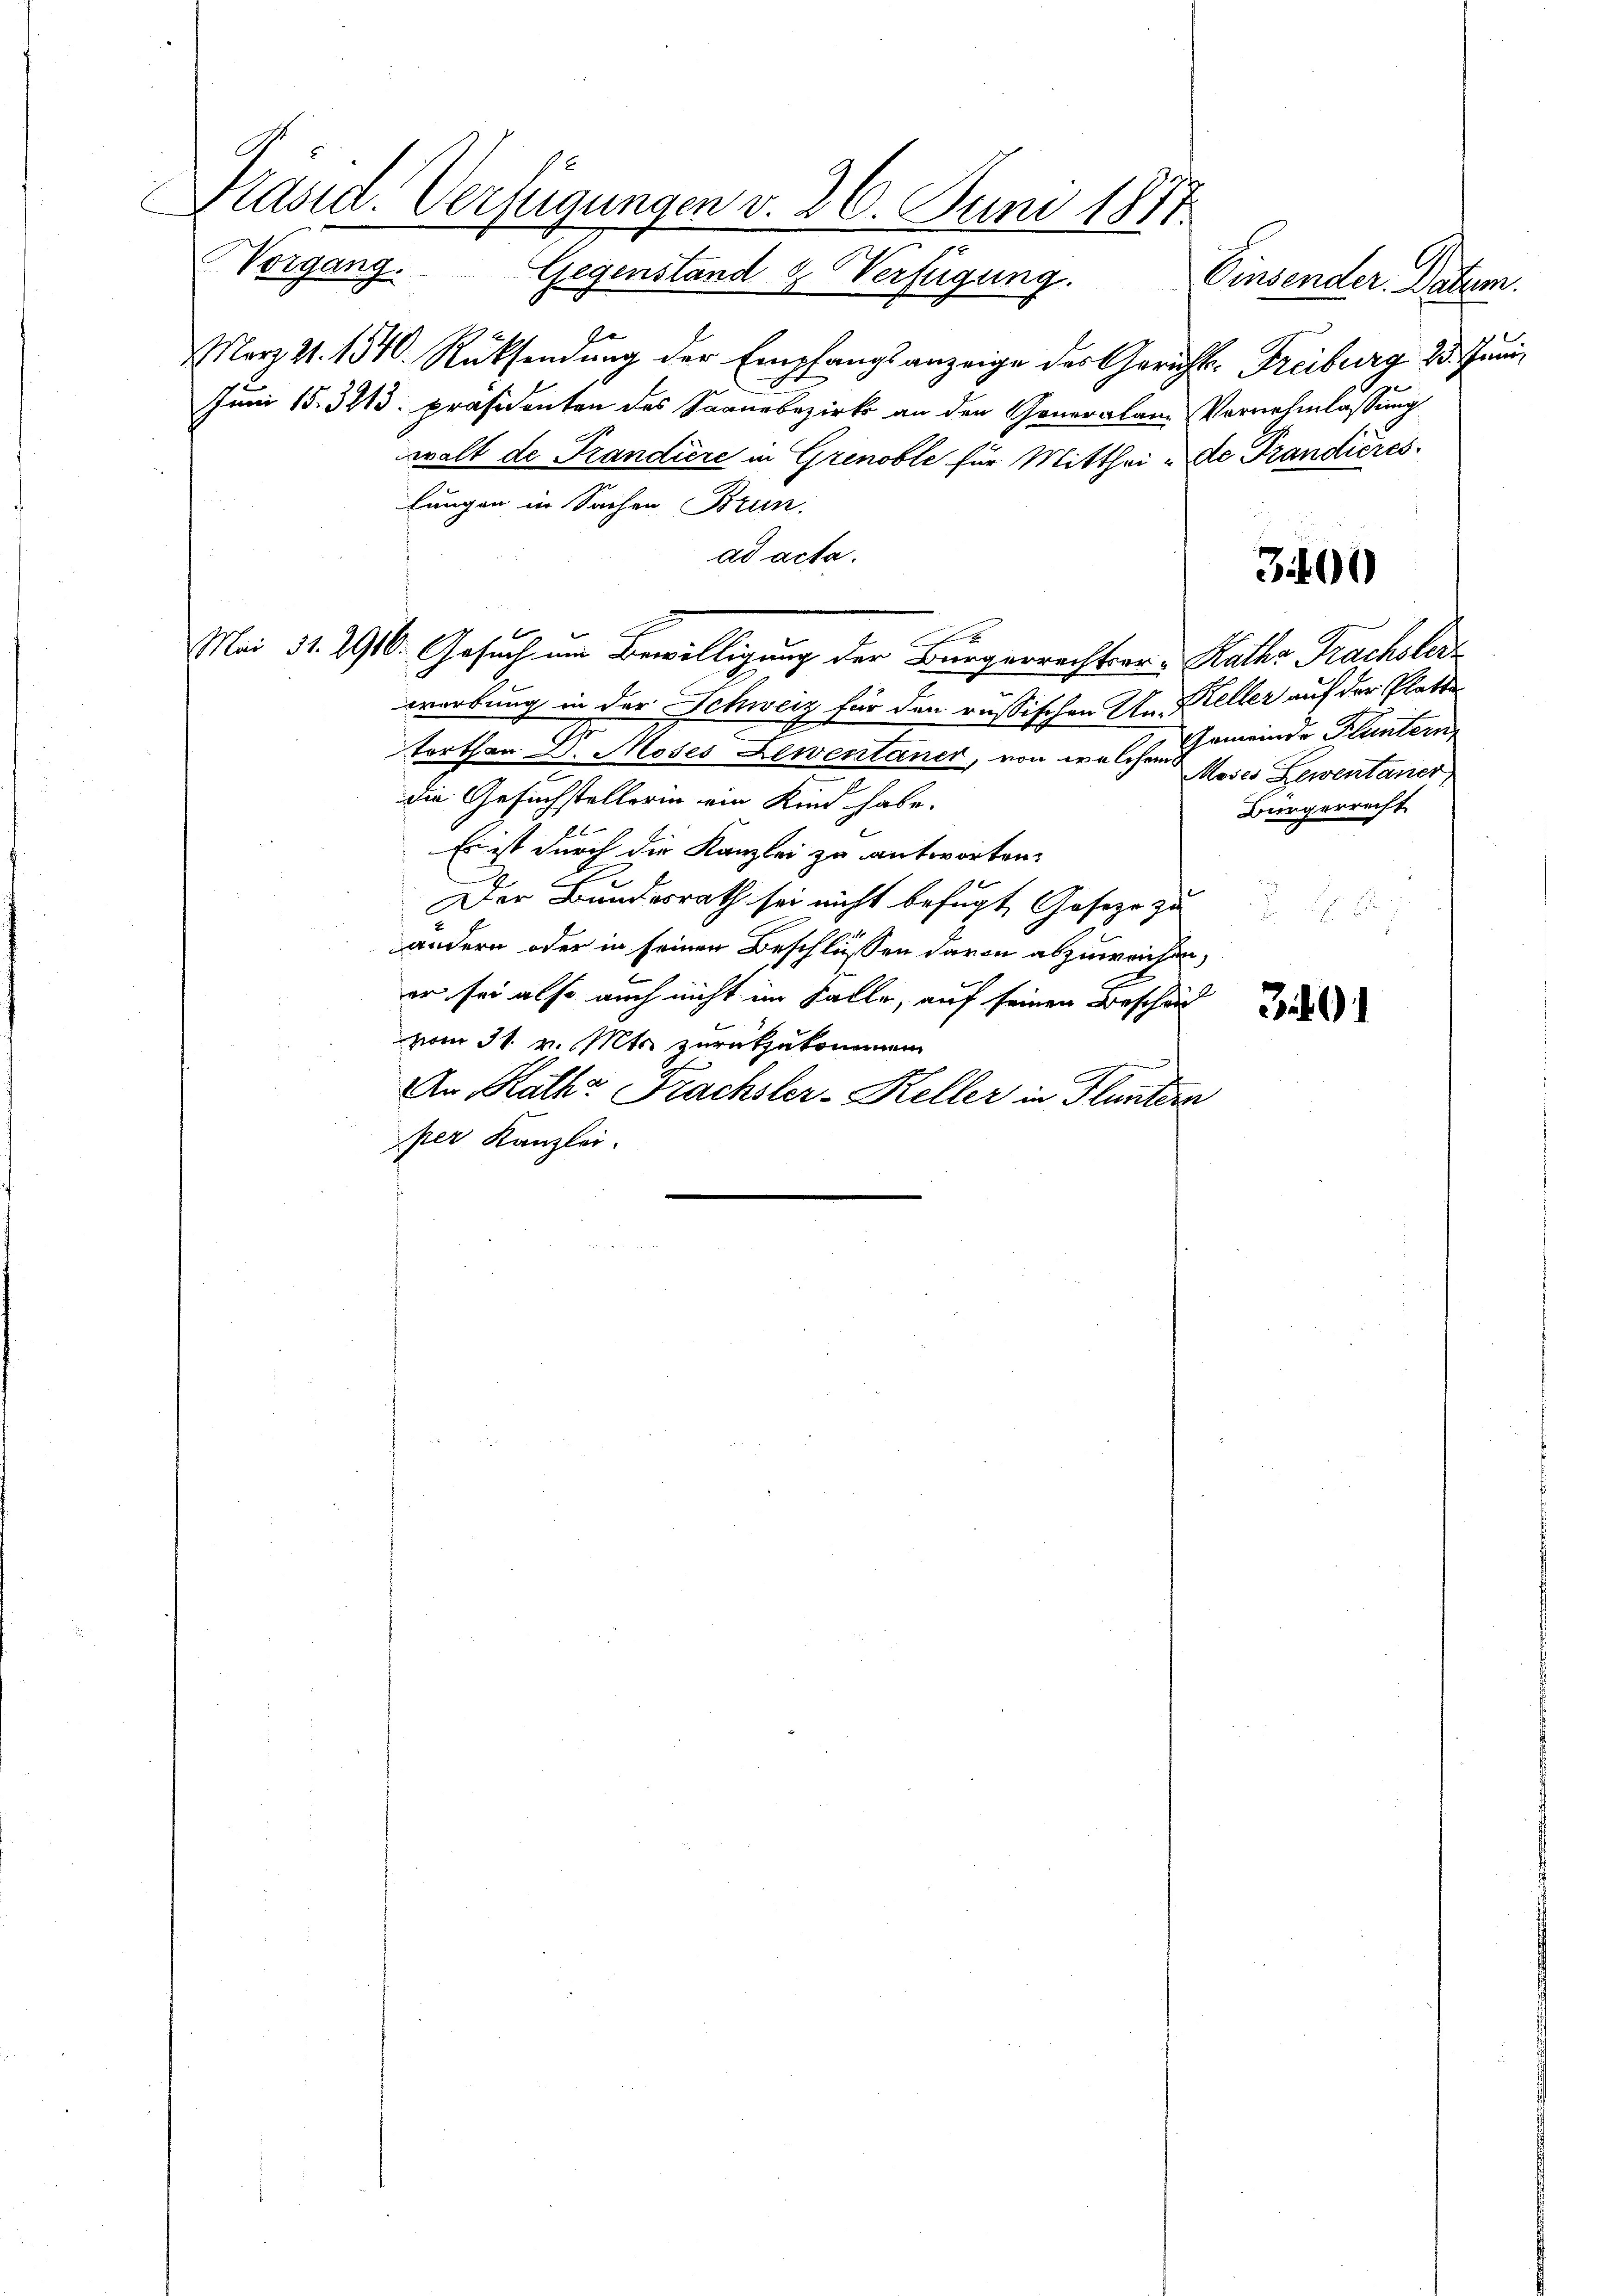
9
Kasia. Verfügungen v. 26. Juni 1874.
Vorgang. Gegenstand & Verfügung. Einsender. Datum.

März 21. 1540. Rücksendung der Empfangsanzeige des Gerichts- Freiburg. 23. Juni¬
Juni 15. 3213: Präsidenten des Saanebezirks an den Generalam Vernehmlassung
walt de Trandiere in Grenoble für Mitthei- de Trandieres
lungen in Sachen Brun
ad acta.

werbung in der Schweiz für den russischen Mn. Keller auf der Platte
terthan Dr. Moses Lewentaner, von welchen Moses Leventaner
die Gesuchstellerin ein Kind habe.
Es ist durch die Kanzlei zu antworten.
Der Bundesrath sei nicht befugt, Geseze zu
andern oder in seinen Beschlüssen davon abzuweichen,
er sei also auch nicht im Falle, auf seinen Beschei
vom 31. v. Mts. zurückzukommen
An Rath Frachsler-Keller in Fluntern
per Kanzlei.

Mai 31. 1910. Gesuch um Bewilligung der Bürgerrechtser- Rathe Frachsler-

300

Gemeinde Fluntern
Bürgerrecht